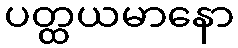
ပတ္ထယမာနော